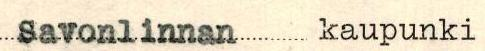
Savonlinnan kaupunki